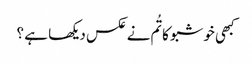
کبھی خوشبو کا تُم نے عکس دیکھا ہے ؟